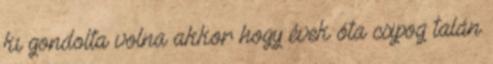
ki gondolta volna akkor hogy évek óta csipog talán